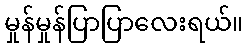
မှုန်မှုန်ပြာပြာလေးရယ်။